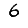
Digit: 6